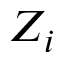
Z _ { i }